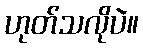
ဟုတ်သလိုပဲ။